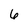
Character: 6